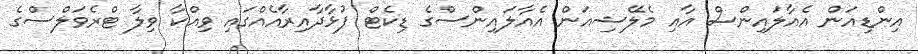
އިންޑިއަން އެއާލައިންސް އާއި މެލޭޝިއަން އެއާލައިންސްގެ ޑިކެޓް ފުޅާދާއިރާއެއްގައި ވިއްކާ ވިލާ ޓްރެވަލްސްގެ